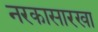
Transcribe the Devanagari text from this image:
नरकासारखा